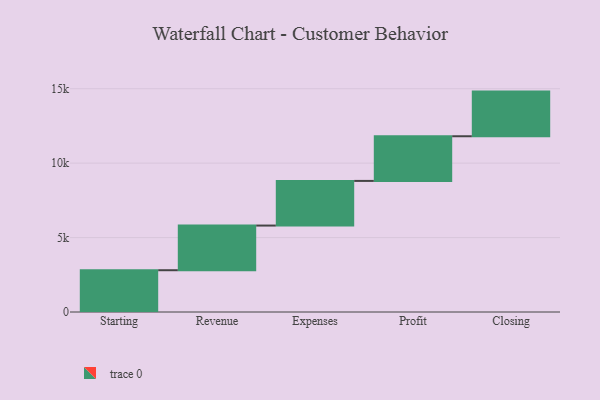
{"axis": {"x": "Step", "y": "Value"}, "legend": [""], "data": [{"x": "Starting", "y": 2807.0, "type": ""}, {"x": "Revenue", "y": 3000, "type": ""}, {"x": "Expenses", "y": 3000, "type": ""}, {"x": "Profit", "y": 3000, "type": ""}, {"x": "Closing", "y": 3000, "type": ""}]}